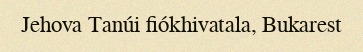
Jehova Tanúi fiókhivatala, Bukarest